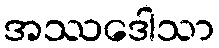
အဿဒေါသာ